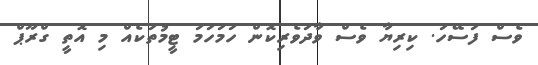
ވެސް ފަސޭހަ. ކިރިޔާ ވެސް ވާދަވެރިކޮން ހަމަހަމަ ޓީމުތަކެއް މި އޮތީ ގްރޫޕް